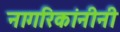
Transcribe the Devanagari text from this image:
नागरिकांनीनी